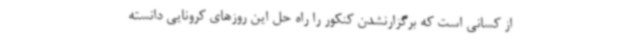
از کسانی است که برگزارنشدن کنکور را راه‌ حل این روزهای کرونایی دانسته